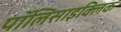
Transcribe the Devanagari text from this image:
पॉलिसाइक्लिक